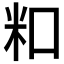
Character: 𬖏